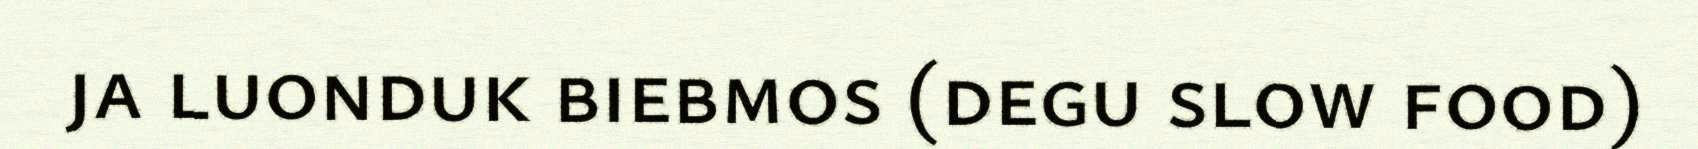
ja luonduk biebmos (degu slow food)